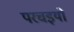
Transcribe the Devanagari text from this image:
परचइयों